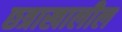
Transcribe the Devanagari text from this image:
छत्राखालील